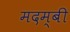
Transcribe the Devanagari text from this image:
मदम्बी